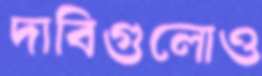
দাবিগুলোও